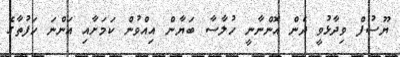
ޔޫސުފް ވިދާޅުވީ ދެން އޮންނާނީ ހުލާސާ ބަޔާން އިއްވުން ކަމަށާއި އަންނަ ހަފުތާގެ